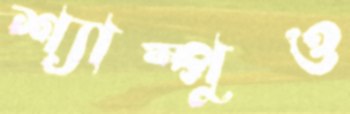
শ্যাম্পুও